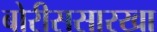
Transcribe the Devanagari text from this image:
बोरीससारखा